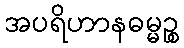
အပရိဟာနဓမ္မဉ္စ